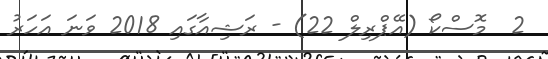
2  މޮސްކޯ (އޭޕްރިލް 22) - ރަޝިއާގައި 2018 ވަނަ އަހަރު